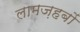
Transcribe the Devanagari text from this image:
लामज़हबों